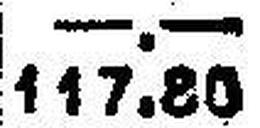
117.80